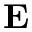
{ \bf \delta E }